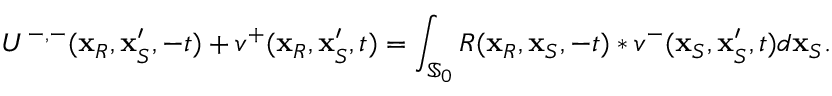
U ^ { - , - } ( \mathbf { x } _ { R } , \mathbf { x } _ { S } ^ { \prime } , - t ) + v ^ { + } ( \mathbf { x } _ { R } , \mathbf { x } _ { S } ^ { \prime } , t ) = \int _ { \mathbb { S } _ { 0 } } R ( \mathbf { x } _ { R } , \mathbf { x } _ { S } , - t ) * v ^ { - } ( \mathbf { x } _ { S } , \mathbf { x } _ { S } ^ { \prime } , t ) d \mathbf { x } _ { S } .